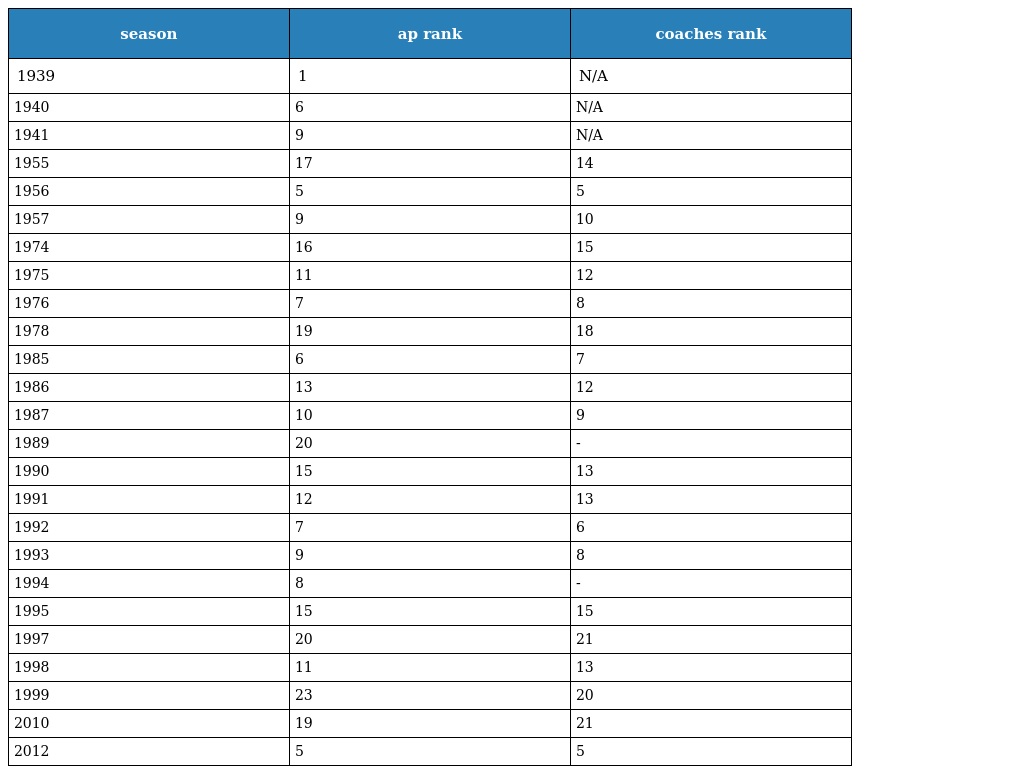
| season | ap rank | coaches rank |
 | --- | --- | --- |
 | 1939 | 1 | N/A |
 | 1940 | 6 | N/A |
 | 1941 | 9 | N/A |
 | 1955 | 17 | 14 |
 | 1956 | 5 | 5 |
 | 1957 | 9 | 10 |
 | 1974 | 16 | 15 |
 | 1975 | 11 | 12 |
 | 1976 | 7 | 8 |
 | 1978 | 19 | 18 |
 | 1985 | 6 | 7 |
 | 1986 | 13 | 12 |
 | 1987 | 10 | 9 |
 | 1989 | 20 | - |
 | 1990 | 15 | 13 |
 | 1991 | 12 | 13 |
 | 1992 | 7 | 6 |
 | 1993 | 9 | 8 |
 | 1994 | 8 | - |
 | 1995 | 15 | 15 |
 | 1997 | 20 | 21 |
 | 1998 | 11 | 13 |
 | 1999 | 23 | 20 |
 | 2010 | 19 | 21 |
 | 2012 | 5 | 5 |